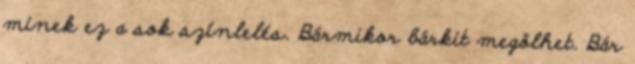
minek ez a sok színlelés. Bármikor bárkit megölhet. Bár